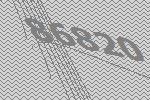
86820